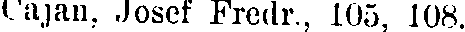
Cajan. Josef Fredr., 105, 108.